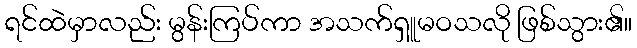
ရင်ထဲမှာလည်း မွန်းကြပ်ကာ အသက်ရှူမဝသလို ဖြစ်သွား၏။